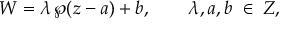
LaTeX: W = \lambda \, \wp ( z - a ) + b , \qquad \lambda , a , b \; \in \; { \cal Z } ,